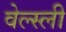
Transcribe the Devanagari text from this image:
वेल्स्ली